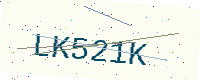
Text: LK521K